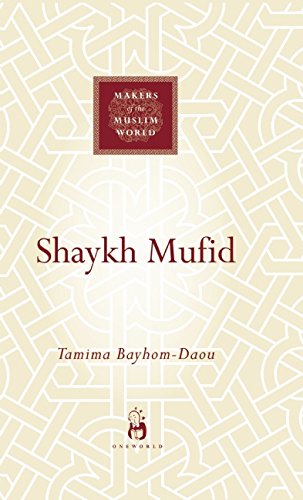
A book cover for Shaykh Mufid (Makers of the Muslim World); Tamima Bayhom-Daou; Travel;